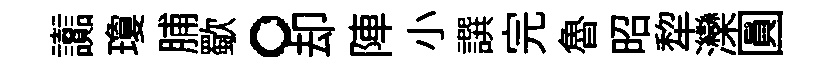
讟瓊脯歜。却陣小譔完魯昭犂灤圓